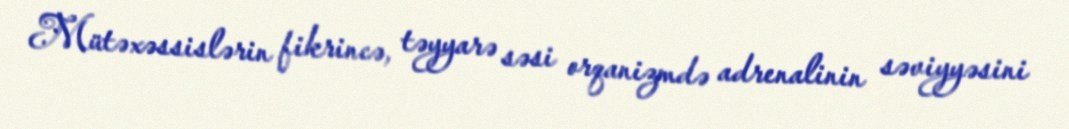
Mütəxəssislərin fikrincə, təyyarə səsi orqanizmdə adrenalinin səviyyəsini